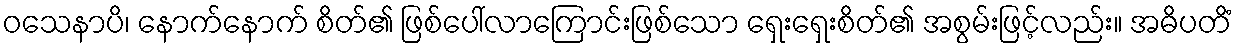
ဝသေနာပိ၊ နောက်နောက် စိတ်၏ ဖြစ်ပေါ်လာကြောင်းဖြစ်သော ရှေးရှေးစိတ်၏ အစွမ်းဖြင့်လည်း။ အဓိပတိံ